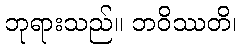
ဘုရားသည်။ ဘဝိဿတိ၊